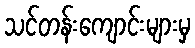
သင်တန်းကျောင်းများမှ